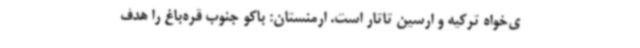
ی‌خواه ترکیه و ارسین تاتار است. ارمنستان: باکو جنوب قره‌باغ را هدف